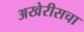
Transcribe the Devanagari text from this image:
अखेरीसचा